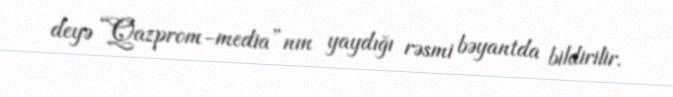
deyə “Qazprom-media”nın yaydığı rəsmi bəyantda bildirilir.